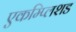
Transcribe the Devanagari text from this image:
एकम्प्लिशड